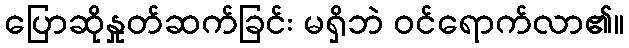
ပြောဆိုနှုတ်ဆက်ခြင်း မရှိဘဲ ဝင်ရောက်လာ၏။